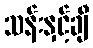
သန်းနှင့်ချီ